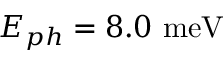
E _ { p h } = 8 . 0 ~ \mathrm { m e V }